Report of the Indian Hemp Drugs Commission, 1894-1895 - Volume VII
Year: 1894
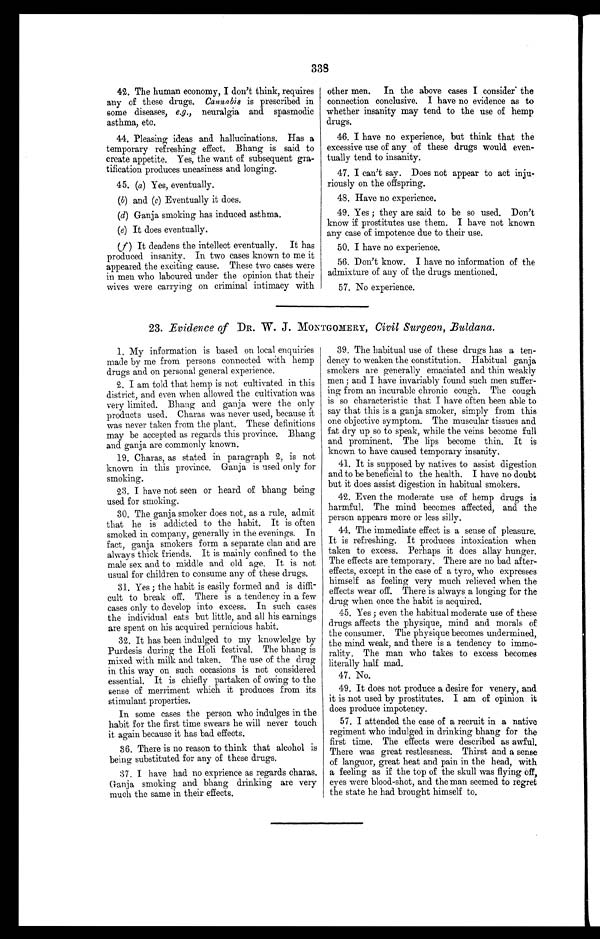
338
42. The human economy, I don't think, requires
any of these drugs. Cannabis is prescribed in
some diseases, e.g., neuralgia and spasmodic
asthma, etc.
44. Pleasing ideas and hallucinations. Has a
temporary refreshing effect. Bhang is said to
create appetite. Yes, the want of subsequent gra-
tification produces uneasiness and longing.
45. (a) Yes, eventually.
(b) and (c) Eventually it does.
(d) Ganja smoking has induced asthma.
( e ) It does eventually.
(f) It deadens the intellect eventually. It has
produced insanity. In two cases known to me it
appeared the exciting cause. These two cases were
in men who laboured under the opinion that their
wives were carrying on criminal intimacy with
other men. In the above cases I consider the
connection conclusive. I have no evidence as to
whether insanity may tend to the use of hemp
drugs.
46. I have no experience, but think that the
excessive use of any of these drugs would even-
tually tend to insanity.
47. I can't say. Does not appear to act inju-
riously on the offspring.
48. Have no experience.
49. Yes ; they are said to be so used. Don't
know if prostitutes use them. I have not known
any case of impotence due to their use.
50. I have no experience.
56. Don't know. I have no information of the
admixture of any of the drugs mentioned.
57. No experience.
23. Evidence of DR. W. J. . MONTGOMERY, Civil Surgeon, Buldana.
1. My information is based on local enquiries
made by me from persons connected with hemp
drugs and on personal general experience.
2. I am told that hemp is not cultivated in this
district, and even when allowed the cultivation was
very limited. Bhang and ganja were the only
products used. Charas was never used, because it
was never taken from the plant. These definitions
may be accepted as regards this province. Bhang
and ganja are commonly known.
19. Charas, as stated in paragraph 2, is not
known in this province. Ganja is used only for
smoking.
23. I have not seen or heard of bhang being
used for smoking.
30. The ganja smoker does not, as a rule, admit
that he is addicted to the habit. It is often
smoked in company, generally in the evenings. In
fact, ganja smokers form a separate clan and are
always thick friends. It is mainly confined to the
male sex and to middle and old age. It is not
usual for children to consume any of these drugs.
31. Yes ; the habit is easily formed and is diffi-
cult to break off. There is a tendency in a few
cases only to develop into excess. In such cases
the individual eats but little, and all his earnings
are spent on his acquired pernicious habit.
32. It has been indulged to my knowledge by
Purdesis during the Holi festival. The bhang is
mixed with milk and taken. The use of the drug
in this way on such occasions is not considered
essential. It is chiefly partaken of owing to the
sense of merriment which it produces from its
stimulant properties.
In some cases the person who indulges in the
habit for the first time swears he will never touch
it again because it has bad effects.
36. There is no reason to think that alcohol is
being substituted for any of these drugs.
37. I have had no exprience as regards charas.
Ganja smoking and bhang drinking are very
much the same in their effects.
39. The habitual use of these drugs has a ten-
dency to weaken the constitution. Habitual ganja
smokers are generally emaciated and thin weakly
men ; and I have invariably found such men suffer-
ing from an incurable chronic cough. The cough
is so characteristic that I have often been able to
say that this is a ganja smoker, simply from this
one objective symptom. The muscular tissues and
fat dry up so to speak, while the veins become full
and prominent. The lips become thin. It is
known to have caused temporary insanity.
41. It is supposed by natives to assist digestion
and to be beneficial to the health. I have no doubt
but it does assist digestion in habitual smokers.
42. Even the moderate use of hemp drugs is
harmful. The mind becomes affected, and the
person appears more or less silly.
44. The immediate effect is a sense of pleasure.
It is refreshing. It produces intoxication when
taken to excess. Perhaps it does allay hunger.
The effects are temporary. There are no bad after-
effects, except in the case of a tyro, who expresses
himself as feeling very much relieved when the
effects wear off. There is always a longing for the
drug when once the habit is acquired.
45. Yes ; even the habitual moderate use of these
drugs affects the physique, mind and morals of
the consumer. The physique becomes undermined,
the mind weak, and there is a tendency to immo-
rality. The man who takes to excess becomes
literally half mad.
47. No.
49. It does not produce a desire for venery, and
it is not used by prostitutes. I am of opinion it
does produce impotency.
57. I attended the case of a recruit in a native
regiment who indulged in drinking bhang for the
first time. The effects were described as awful.
There was great restlessness. Thirst and a sense
of languor, great heat and pain in the head, with
a feeling as if the top of the skull was flying off,
eyes were blood-shot, and the man seemed to regret
the state he had brought himself to.